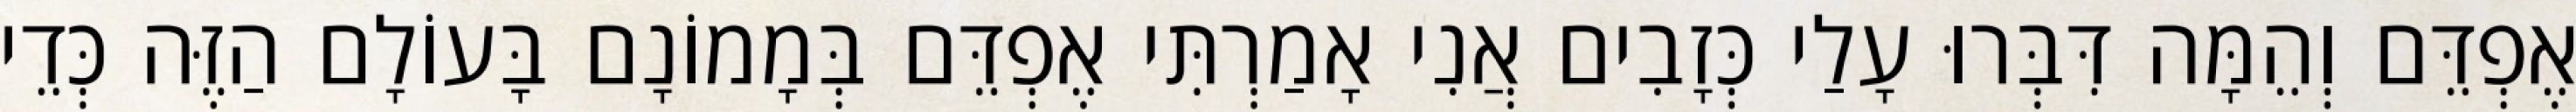
אֶפְדֵּם וְהֵמָּה דִּבְּרוּ עָלַי כְּזָבִים אֲנִי אָמַרְתִּי אֶפְדֵּם בְּמָמוֹנָם בָּעוֹלָם הַזֶּה כְּדֵי